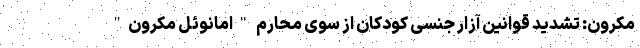
مکرون: تشدید قوانین آزار جنسی کودکان از سوی محارم "امانوئل مکرون"